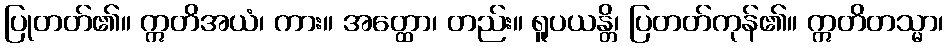
ပြုတတ်၏။ ဣတိအယံ၊ ကား။ အတ္ထော၊ တည်း။ ရူပယန္တိ၊ ပြတတ်ကုန်၏။ ဣတိတသ္မာ၊